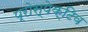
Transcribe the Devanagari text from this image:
प्रोस्पेक्टिव